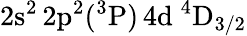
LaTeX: \mathrm{2s^{2}\, 2p^{2}(^{3}P)\, 4d~^{4}D_{3/2}}